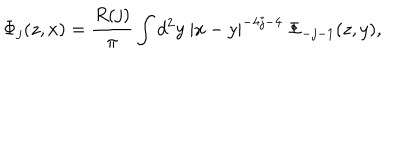
\Phi _ { j } ( z , x ) = { \frac { R ( j ) } { \pi } } \int d ^ { 2 } y ~ | x - y | ^ { - 4 j - 4 } ~ \Phi _ { - j - 1 } ( z , y ) ,